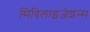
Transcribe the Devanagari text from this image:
सिविलाइजेशन्स